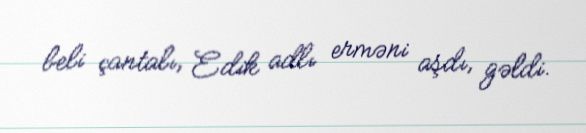
beli çantalı, Edik adlı erməni aşdı, gəldi.